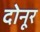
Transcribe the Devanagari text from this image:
दोनूर